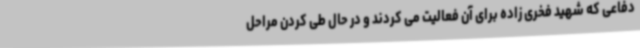
دفاعی که شهید فخری زاده برای آن فعالیت می کردند و در حال طی کردن مراحل